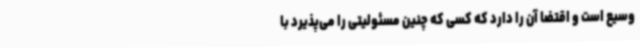
وسیع است و اقتضا آن را دارد که کسی که چنین مسئولیتی را می‌پذیرد با